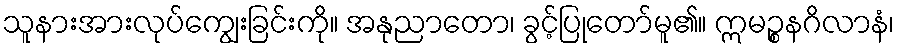
သူနားအားလုပ်ကျွေးခြင်းကို။ အနုညာတော၊ ခွင့်ပြုတော်မူ၏။ ဣမဉ္စနဂိလာနံ၊